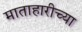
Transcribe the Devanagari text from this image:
माताहारीच्या